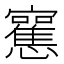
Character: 𰒣